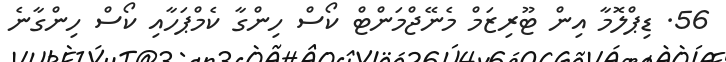
56. ޑިޕްލޮމާ އިން ޓޫރިޒަމް މެނޭޖްމަންޓް ކޯސް ހިންގާ ކެމްޕަހާއި ކޯސް ހިންގާނެ